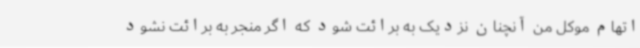
اتهام موکل من آنچنان نزدیک به برائت شود که اگر منجر به برائت نشود